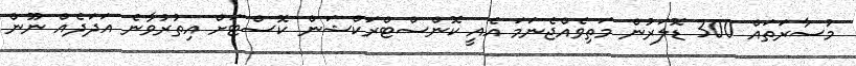
މުސާރަތައް 300 ޑޮލަރުން މަތިވެއްޖެނަމަ އެއީ ކޮންސްޓްރަކްޝަން ކޮސްޓަށް އިތުރުވާނެ އަދަދެއް ނޫން